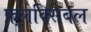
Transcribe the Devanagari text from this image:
फ़्लेक्सिबल